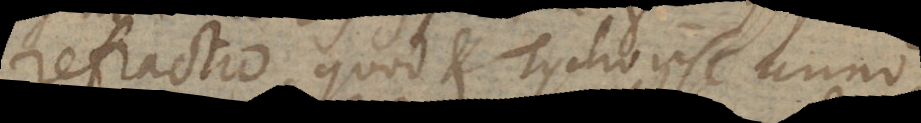
refractio, quod et Tycho ipse anno